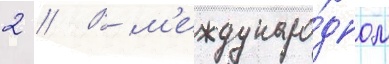
2 // В м'еждунаро́дном